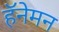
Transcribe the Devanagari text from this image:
हॅनेमन